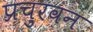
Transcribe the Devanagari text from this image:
प्रचुरवन